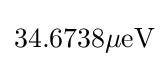
\mathrm {34.6738\mu eV}